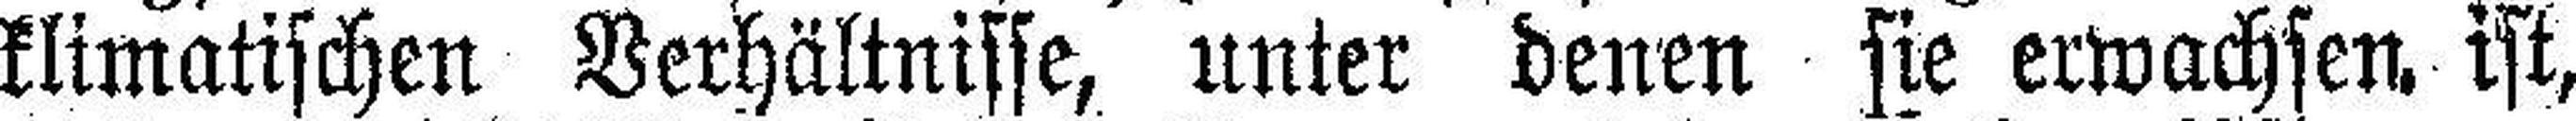
klimatischen Verhältnisse, unter denen sie erwachsen ist,